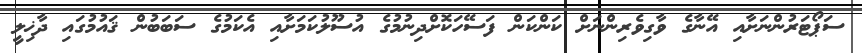
ސަޕޯޓަރުންނަށާއި އޭނާގެ ވާގިވެރިންނަށް ކަންކަން ފަސޭހަކޮށްދިނުމުގެ އުސޫލުކަމަށާއި އެކަމުގެ ސަބަބުން ޤައުމުގައި ދާޚިލީ